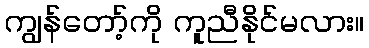
ကျွန်တော့်ကို ကူညီနိုင်မလား။